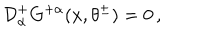
LaTeX: { \cal D } _ { \alpha } ^ { + } G ^ { + \alpha } ( x , \theta ^ { \pm } ) = 0 \, ,